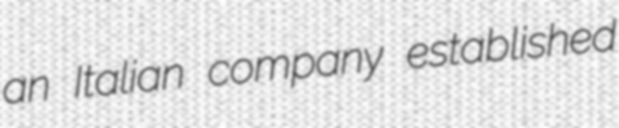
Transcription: an Italian company established